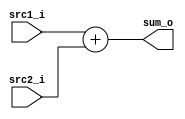
/***************************************************
Student Name:   (Lab5)
Student ID: 0816032 0816102
***************************************************/

`timescale 1ns/1ps

module Adder(
    input  [32-1:0] src1_i,
	input  [32-1:0] src2_i,
	output [32-1:0] sum_o
);
    
/* Write your code HERE */
	assign sum_o = src1_i + src2_i;

endmodule